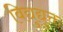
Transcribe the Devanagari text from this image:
विद्युद्युक्त